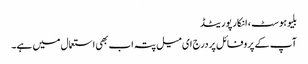
بلیوہوسٹ ، انکارپوریٹڈ
آپ کے پروفائل پر درج ای میل پتہ اب بھی استعمال میں ہے۔